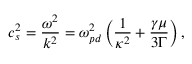
c _ { s } ^ { 2 } = \frac { \omega ^ { 2 } } { k ^ { 2 } } = \omega _ { p d } ^ { 2 } \left( \frac { 1 } { \kappa ^ { 2 } } + \frac { \gamma \mu } { 3 \Gamma } \right) ,